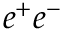
e ^ { + } e ^ { - }